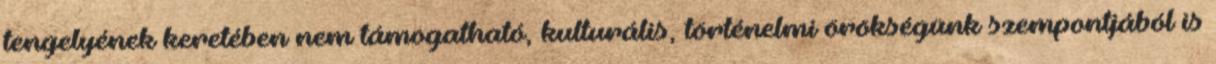
tengelyének keretében nem támogatható, kulturális, történelmi örökségünk szempontjából is